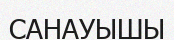
САНАУЫШЫ